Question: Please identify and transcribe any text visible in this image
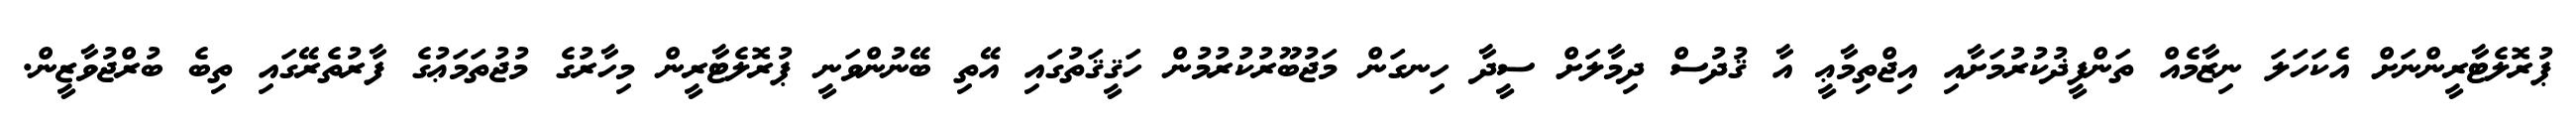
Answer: ޕުރޮލެޓާރީންނަށް އެކަހަލަ ނިޒާމެއް ތަންފީޛުކުރުމަށާއި އިޖްތިމާޢީ އާ ޤުދުސް ދިމާލަށް ސީދާ ހިނގަން މަޖުބޫރުކުރުމުން ހަޤީޤަތުގައި އޭތި ބޭނުންވަނީ ޕުރޮލެޓާރީން މިހާރުގެ މުޖުތަމަޢުގެ ފާރުތެރޭގައި ތިބެ ބުރްޖުވާޒީން.